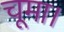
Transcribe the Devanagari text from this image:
चूमा।